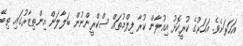
އަހަރަށެވެ. އަހަރުގެ ކުރީކޮޅު އިއުލާން ކުރާ ފިލްމުތައް ސްކްރީންނުން ބަލާލަން އިންތިޒާރުގައި ތިބޭ